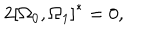
2 \left[ \Omega _ { 0 } , \Omega _ { 1 } \right] ^ { * } = 0 ,